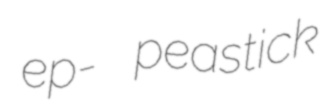
ep- peastick